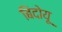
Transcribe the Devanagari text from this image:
बिदोयू